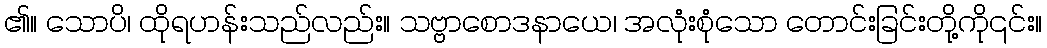
၏။ သောပိ၊ ထိုရဟန်းသည်လည်း။ သဗ္ဗာစောဒနာယေ၊ အလုံးစုံသော တောင်းခြင်းတို့ကို၎င်း။